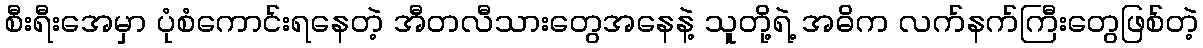
စီးရီးအေမှာ ပုံစံကောင်းရနေတဲ့ အီတလီသားတွေအနေနဲ့ သူတို့ရဲ့ အဓိက လက်နက်ကြီးတွေဖြစ်တဲ့